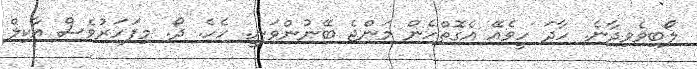
ލޯބިވެވިދާނެ. ހާދަ ހީވެއޭ އެގޮތްހެން މަންޖެ ބޭނުންވަނީ. ހެހެ. ދޯ. މިފަހަރުވެސް އާކިލް